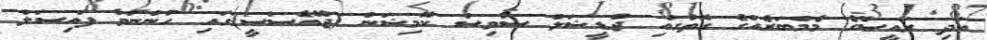
އަދި ރައީސްގެ މެމްބަރެއްގެ ގޮތުގައި ޖުޑީޝަލް ސާވިސް ކޮމިޝަން (ޖޭއެސްސީ)ގައި ހުންނަވާ ފައިސަލް